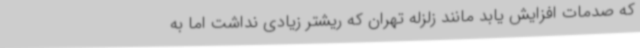
که صدمات افزایش یابد مانند زلزله تهران که ریشتر زیادی نداشت اما به